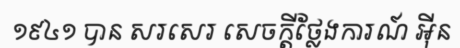
១៩៤១ បាន សរសេរ សេចក្តីថ្លែងការណ៍ អ៊ីន